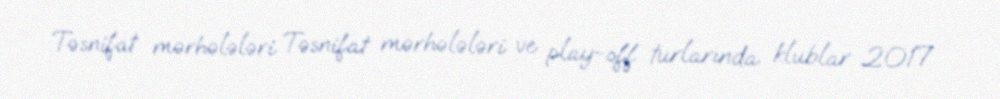
Təsnifat mərhələləri Təsnifat mərhələləri ve play-off turlarında klublar 2017